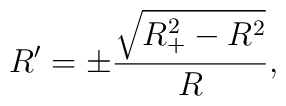
R^{\prime}=\pm\frac{\sqrt{R^2_+-R^2}}{R},